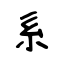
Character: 系